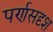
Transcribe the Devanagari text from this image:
पर्णसदृश